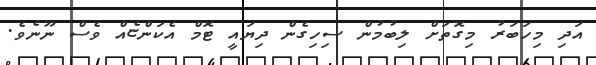
އަދި މިހަބަރު މިގޮތަށް ލިބުމުން ސިހިގެން ދިޔައީ ޓޮމް އެކަންޏެއް ވެސް ނޫނެވެ.